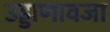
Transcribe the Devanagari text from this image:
उड्डाणावजा